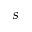
s